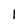
Character: I